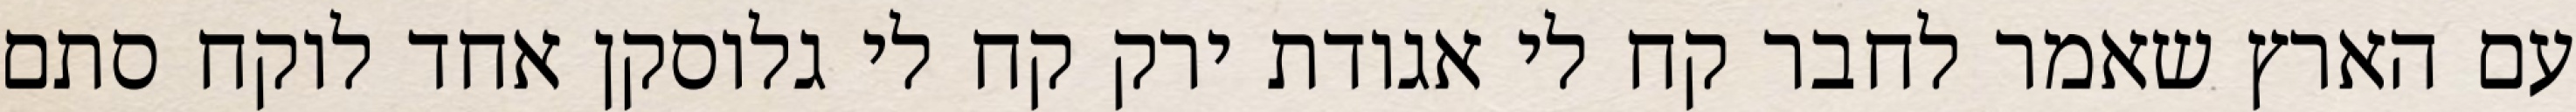
עם הארץ שאמר לחבר קח לי אגודת ירק קח לי גלוסקן אחד לוקח סתם